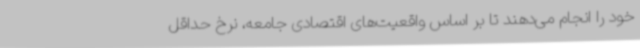
خود را انجام می‌دهند تا بر اساس واقعیت‌های اقتصادی جامعه، نرخ حداقل